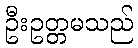
ဦးဥတ္တမသည်